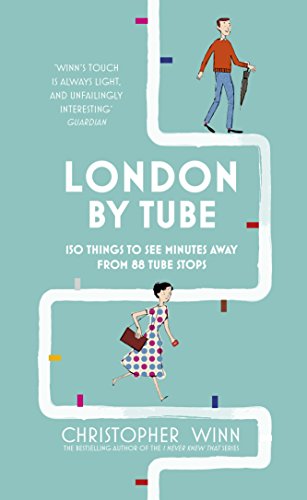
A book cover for London by Tube: Interesting Sights to be Found Within 10 Minutes from a London Underground Station; Christopher Winn; Engineering & Transportation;